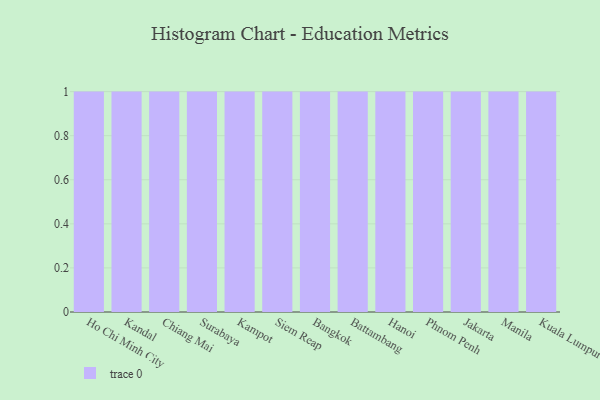
{"axis": {"x": "City", "y": "Demand Index"}, "legend": [""], "data": [{"x": "Ho Chi Minh City", "y": 66, "type": ""}, {"x": "Kandal", "y": 15, "type": ""}, {"x": "Chiang Mai", "y": 76, "type": ""}, {"x": "Surabaya", "y": 53, "type": ""}, {"x": "Kampot", "y": 87, "type": ""}, {"x": "Siem Reap", "y": 87, "type": ""}, {"x": "Bangkok", "y": 73, "type": ""}, {"x": "Battambang", "y": 47, "type": ""}, {"x": "Hanoi", "y": 53, "type": ""}, {"x": "Phnom Penh", "y": 72, "type": ""}, {"x": "Jakarta", "y": 57, "type": ""}, {"x": "Manila", "y": 75, "type": ""}, {"x": "Kuala Lumpur", "y": 81, "type": ""}]}